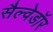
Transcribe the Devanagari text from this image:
सैल्वेडॉर